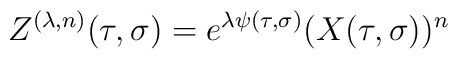
Z^{(\lambda,n)}(\tau,\sigma) =e^{\lambda\psi(\tau,\sigma)} (X(\tau,\sigma))^n